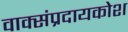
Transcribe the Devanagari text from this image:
वाक्संप्रदायकोश